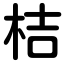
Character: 桔